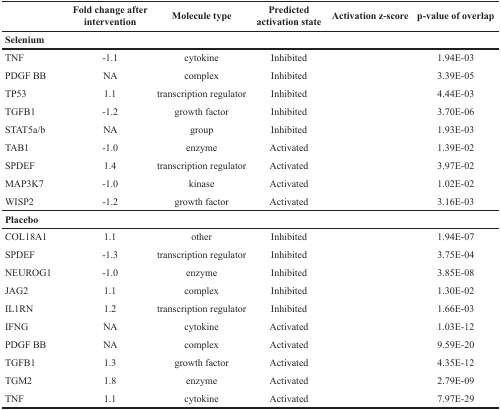
<table><thead><tr><td>[EMPTY_CELL]</td><td><b>Fold change after intervention</b></td><td><b>Molecule type</b></td><td><b>Predicted activation state</b></td><td><b>Activation z-score</b></td><td><b>p-value of overlap</b></td></tr></thead><tbody><tr><td colspan="6"><b>Selenium</b></td></tr><tr><td>TNF</td><td>-1.1</td><td>cytokine</td><td>Inhibited</td><td>[EMPTY_CELL]</td><td>1.94E-03</td></tr><tr><td>PDGF BB</td><td>NA</td><td>complex</td><td>Inhibited</td><td>[EMPTY_CELL]</td><td>3.39E-05</td></tr><tr><td>TP53</td><td>1.1</td><td>transcription regulator</td><td>Inhibited</td><td>[EMPTY_CELL]</td><td>4.44E-03</td></tr><tr><td>TGFB1</td><td>-1.2</td><td>growth factor</td><td>Inhibited</td><td>[EMPTY_CELL]</td><td>3.70E-06</td></tr><tr><td>STAT5a/b</td><td>NA</td><td>group</td><td>Inhibited</td><td>[EMPTY_CELL]</td><td>1.93E-03</td></tr><tr><td>TAB1</td><td>-1.0</td><td>enzyme</td><td>Activated</td><td>[EMPTY_CELL]</td><td>1.39E-02</td></tr><tr><td>SPDEF</td><td>1.4</td><td>transcription regulator</td><td>Activated</td><td>[EMPTY_CELL]</td><td>3.97E-02</td></tr><tr><td>MAP3K7</td><td>-1.0</td><td>kinase</td><td>Activated</td><td>[EMPTY_CELL]</td><td>1.02E-02</td></tr><tr><td>WISP2</td><td>-1.2</td><td>growth factor</td><td>Activated</td><td>[EMPTY_CELL]</td><td>3.16E-03</td></tr><tr><td colspan="6"><b>Placebo</b></td></tr><tr><td>COL18A1</td><td>1.1</td><td>other</td><td>Inhibited</td><td>[EMPTY_CELL]</td><td>1.94E-07</td></tr><tr><td>SPDEF</td><td>-1.3</td><td>transcription regulator</td><td>Inhibited</td><td>[EMPTY_CELL]</td><td>3.75E-04</td></tr><tr><td>NEUROG1</td><td>-1.0</td><td>enzyme</td><td>Inhibited</td><td>[EMPTY_CELL]</td><td>3.85E-08</td></tr><tr><td>JAG2</td><td>1.1</td><td>complex</td><td>Inhibited</td><td>[EMPTY_CELL]</td><td>1.30E-02</td></tr><tr><td>IL1RN</td><td>1.2</td><td>transcription regulator</td><td>Inhibited</td><td>[EMPTY_CELL]</td><td>1.66E-03</td></tr><tr><td>IFNG</td><td>NA</td><td>cytokine</td><td>Activated</td><td>[EMPTY_CELL]</td><td>1.03E-12</td></tr><tr><td>PDGF BB</td><td>NA</td><td>complex</td><td>Activated</td><td>[EMPTY_CELL]</td><td>9.59E-20</td></tr><tr><td>TGFB1</td><td>1.3</td><td>growth factor</td><td>Activated</td><td>[EMPTY_CELL]</td><td>4.35E-12</td></tr><tr><td>TGM2</td><td>1.8</td><td>enzyme</td><td>Activated</td><td>[EMPTY_CELL]</td><td>2.79E-09</td></tr><tr><td>TNF</td><td>1.1</td><td>cytokine</td><td>Activated</td><td>[EMPTY_CELL]</td><td>7.97E-29</td></tr></tbody></table>